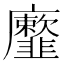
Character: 𩐕